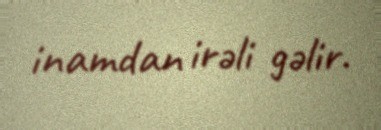
inamdan irəli gəlir.